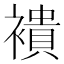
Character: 䙡